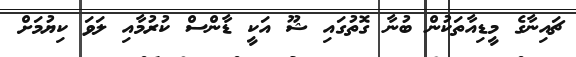
ޗައިނާގެ މީޑިއާތަކުން ބުނާ ގޮތުގައި ޝޫ އަކީ ޑާންސް ކުރުމާއި ލަވަ ކިޔުމަށް